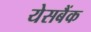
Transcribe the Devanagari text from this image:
येसबैंक